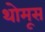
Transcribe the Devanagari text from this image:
थोमूस